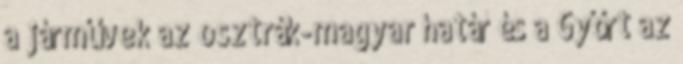
a járművek az osztrák-magyar határ és a Győrt az